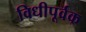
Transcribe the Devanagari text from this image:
विधीपूर्वक